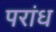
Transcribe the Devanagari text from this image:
परांध